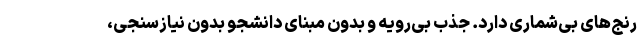
رنج‌های بی‌شماری دارد. جذب بی‌رویه و بدون مبنای دانشجو بدون نیاز‌سنجی،